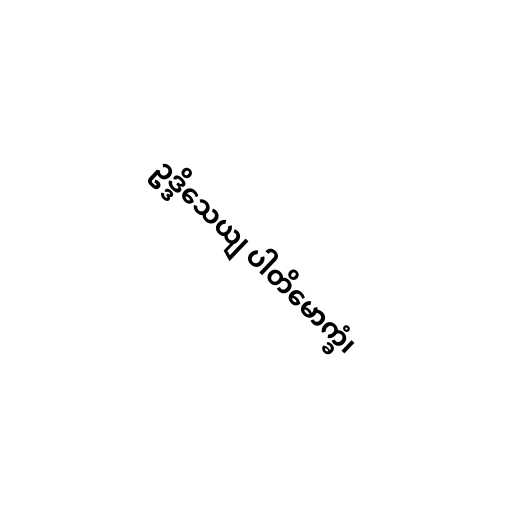
ဥဒ္ဒိသေယျ ပါတိမောက္ခံ၊